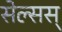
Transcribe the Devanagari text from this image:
सेल्सस्